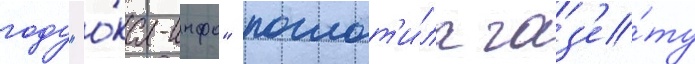
году "о́ка-инфо" поглот'и́ла газ'е́ту